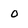
Character: 0